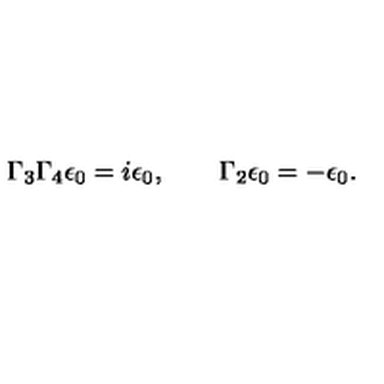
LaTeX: \Gamma _ { 3 } \Gamma _ { 4 } \epsilon _ { 0 } = i \epsilon _ { 0 } , \qquad \Gamma _ { 2 } \epsilon _ { 0 } = - \epsilon _ { 0 } .